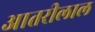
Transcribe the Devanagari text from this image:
आतरीलाल